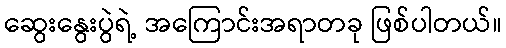
ဆွေးနွေးပွဲရဲ့ အကြောင်းအရာတခု ဖြစ်ပါတယ်။